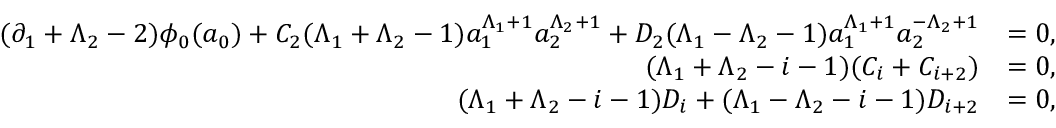
\begin{array} { r l } { ( \partial _ { 1 } + \Lambda _ { 2 } - 2 ) \phi _ { 0 } ( a _ { 0 } ) + C _ { 2 } ( \Lambda _ { 1 } + \Lambda _ { 2 } - 1 ) a _ { 1 } ^ { \Lambda _ { 1 } + 1 } a _ { 2 } ^ { \Lambda _ { 2 } + 1 } + D _ { 2 } ( \Lambda _ { 1 } - \Lambda _ { 2 } - 1 ) a _ { 1 } ^ { \Lambda _ { 1 } + 1 } a _ { 2 } ^ { - \Lambda _ { 2 } + 1 } } & { = 0 , } \\ { ( \Lambda _ { 1 } + \Lambda _ { 2 } - i - 1 ) ( C _ { i } + C _ { i + 2 } ) } & { = 0 , } \\ { \quad ( \Lambda _ { 1 } + \Lambda _ { 2 } - i - 1 ) D _ { i } + ( \Lambda _ { 1 } - \Lambda _ { 2 } - i - 1 ) D _ { i + 2 } } & { = 0 , } \end{array}